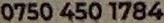
0750 450 1784